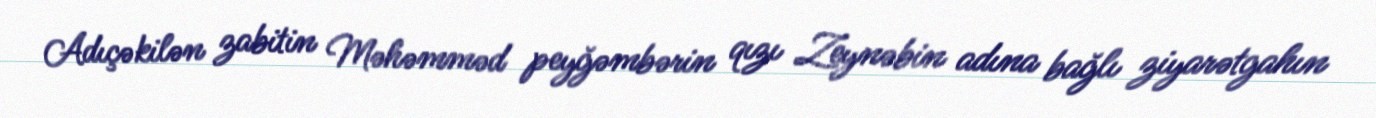
Adıçəkilən zabitin Məhəmməd peyğəmbərin qızı Zeynəbin adına bağlı ziyarətgahın